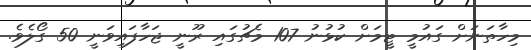
މިހާތަނަށް ގައުމީ ޓީމަށް ކުޅުނު 107 މެޗުގައި ރޫނީ ޖަހާފައިވަނީ 50 ގޯލެވެ.